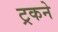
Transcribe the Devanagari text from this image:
ट्रकने